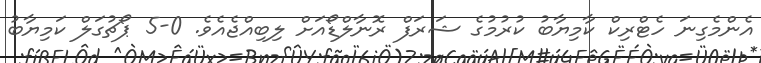
އެންމެގިނަ ހެޓްރިކް ކާމިޔާބު ކުރުމުގެ ޝަރަފް ރޮނާލްޑޯއަށް ލިބިއްޖެއެވެ. 0-5 ޕޯޗުގަލް ކަމިޔާބު